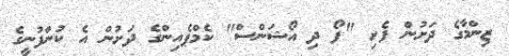
ޒިންމާގެ ދަށުން ފެށި "ފޯ ދި އޯޝަންސް" ކެމްޕެއިންގެ ދަށުން އެ ކުންފުނީގެ